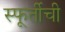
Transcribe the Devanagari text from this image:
स्फूर्तीची